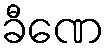
ခီဏေ